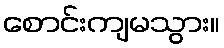
စောင်းကျမသွား။